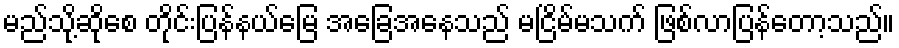
မည်သို့ဆိုစေ တိုင်းပြန်နယ်မြေ အခြေအနေသည် မငြိမ်မသက် ဖြစ်လာပြန်တော့သည်။